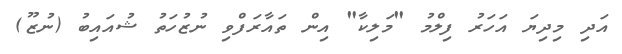
އަދި މިދިޔަ އަހަރު ފިލްމު "މަލިކާ" އިން ތައާރަފްވި ނުޒުހަތު ޝުއައިބު (ނުޒޫ)